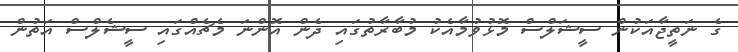
ގެ ނަތީޖާއަކުން ސީޝަލްސް މޮޅުވުމާއެކު މުބާރާތުގައި ދެން އޮންނަ މެޗެއްގައި ސީޝެލްސް އަތުން